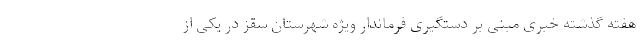
هفته گذشته خبری مبنی بر دستگیری فرماندار ویژه شهرستان سقز در یکی از